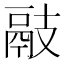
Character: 䰙